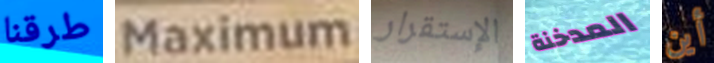
طرقنا Maximum الإستقرار المدخنة أين